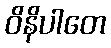
ဝိနိပါတေ